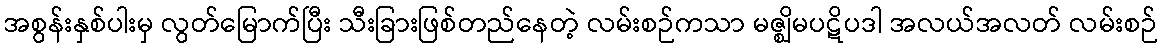
အစွန်းနှစ်ပါးမှ လွတ်မြောက်ပြီး သီးခြားဖြစ်တည်နေတဲ့ လမ်းစဉ်ကသာ မဇ္ဈိမပဋိပဒါ အလယ်အလတ် လမ်းစဉ်